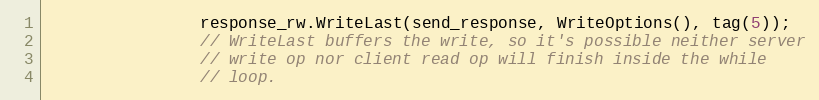
Language: C
                response_rw.WriteLast(send_response, WriteOptions(), tag(5));
                // WriteLast buffers the write, so it's possible neither server
                // write op nor client read op will finish inside the while
                // loop.